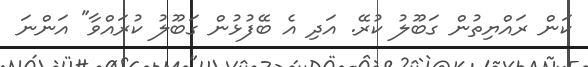
ކަން ރައްޔިތުން ގަބޫލު ކުރޭ. އަދި އެ ބޭފުޅުން ގަބޫލު ކުރައްވާ" އަންނަ